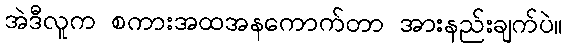
အဲဒီလူက စကားအထအနကောက်တာ အားနည်းချက်ပဲ။